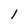
Character: l